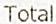
TOTAL